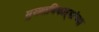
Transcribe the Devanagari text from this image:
मुख्याधिकाऱ्यांच्या